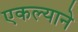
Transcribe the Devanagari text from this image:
एकल्याने